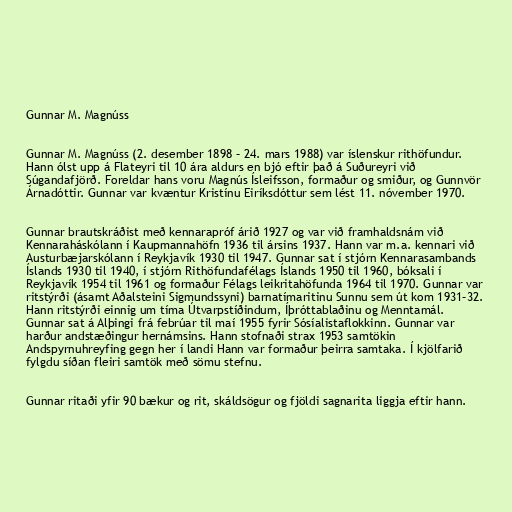
Gunnar M. Magnúss

Gunnar M. Magnúss (2. desember 1898 – 24. mars 1988) var íslenskur rithöfundur.
Hann ólst upp á Flateyri til 10 ára aldurs en bjó eftir það á Suðureyri við
Súgandafjörð. Foreldar hans voru Magnús Ísleifsson, formaður og smiður, og Gunnvör
Árnadóttir. Gunnar var kvæntur Kristínu Eiríksdóttur sem lést 11. nóvember 1970.

Gunnar brautskráðist með kennarapróf árið 1927 og var við framhaldsnám við
Kennaraháskólann í Kaupmannahöfn 1936 til ársins 1937. Hann var m.a. kennari við
Austurbæjarskólann í Reykjavík 1930 til 1947. Gunnar sat í stjórn Kennarasambands
Íslands 1930 til 1940, í stjórn Rithöfundafélags Íslands 1950 til 1960, bóksali í
Reykjavík 1954 til 1961 og formaður Félags leikritahöfunda 1964 til 1970. Gunnar var
ritstýrði (ásamt Aðalsteini Sigmundssyni) barnatímaritinu Sunnu sem út kom 1931–32.
Hann ritstýrði einnig um tíma Útvarpstíðindum, Íþróttablaðinu og Menntamál.
Gunnar sat á Alþingi frá febrúar til maí 1955 fyrir Sósíalistaflokkinn. Gunnar var
harður andstæðingur hernámsins. Hann stofnaði strax 1953 samtökin
Andspyrnuhreyfing gegn her í landi Hann var formaður þeirra samtaka. Í kjölfarið
fylgdu síðan fleiri samtök með sömu stefnu.

Gunnar ritaði yfir 90 bækur og rit, skáldsögur og fjöldi sagnarita liggja eftir hann.